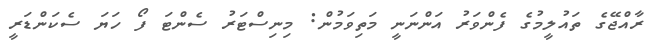
ރާއްޖޭގެ ތައުލީމުގެ ފެންވަރު އަންނަނީ މަތިވަމުން: މިނިސްޓަރު ސެންޓަ ފޯ ހަޔަ ސެކަންޑަރީ